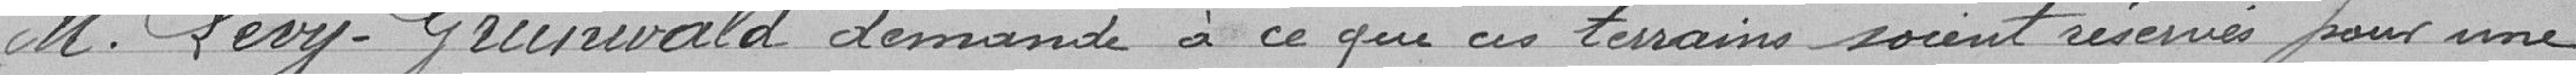
Monsieur Lévy-Grinwald demande à ce que ces terrains soient réservés pour une